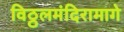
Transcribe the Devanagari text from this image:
विठ्ठलमंदिरामागे